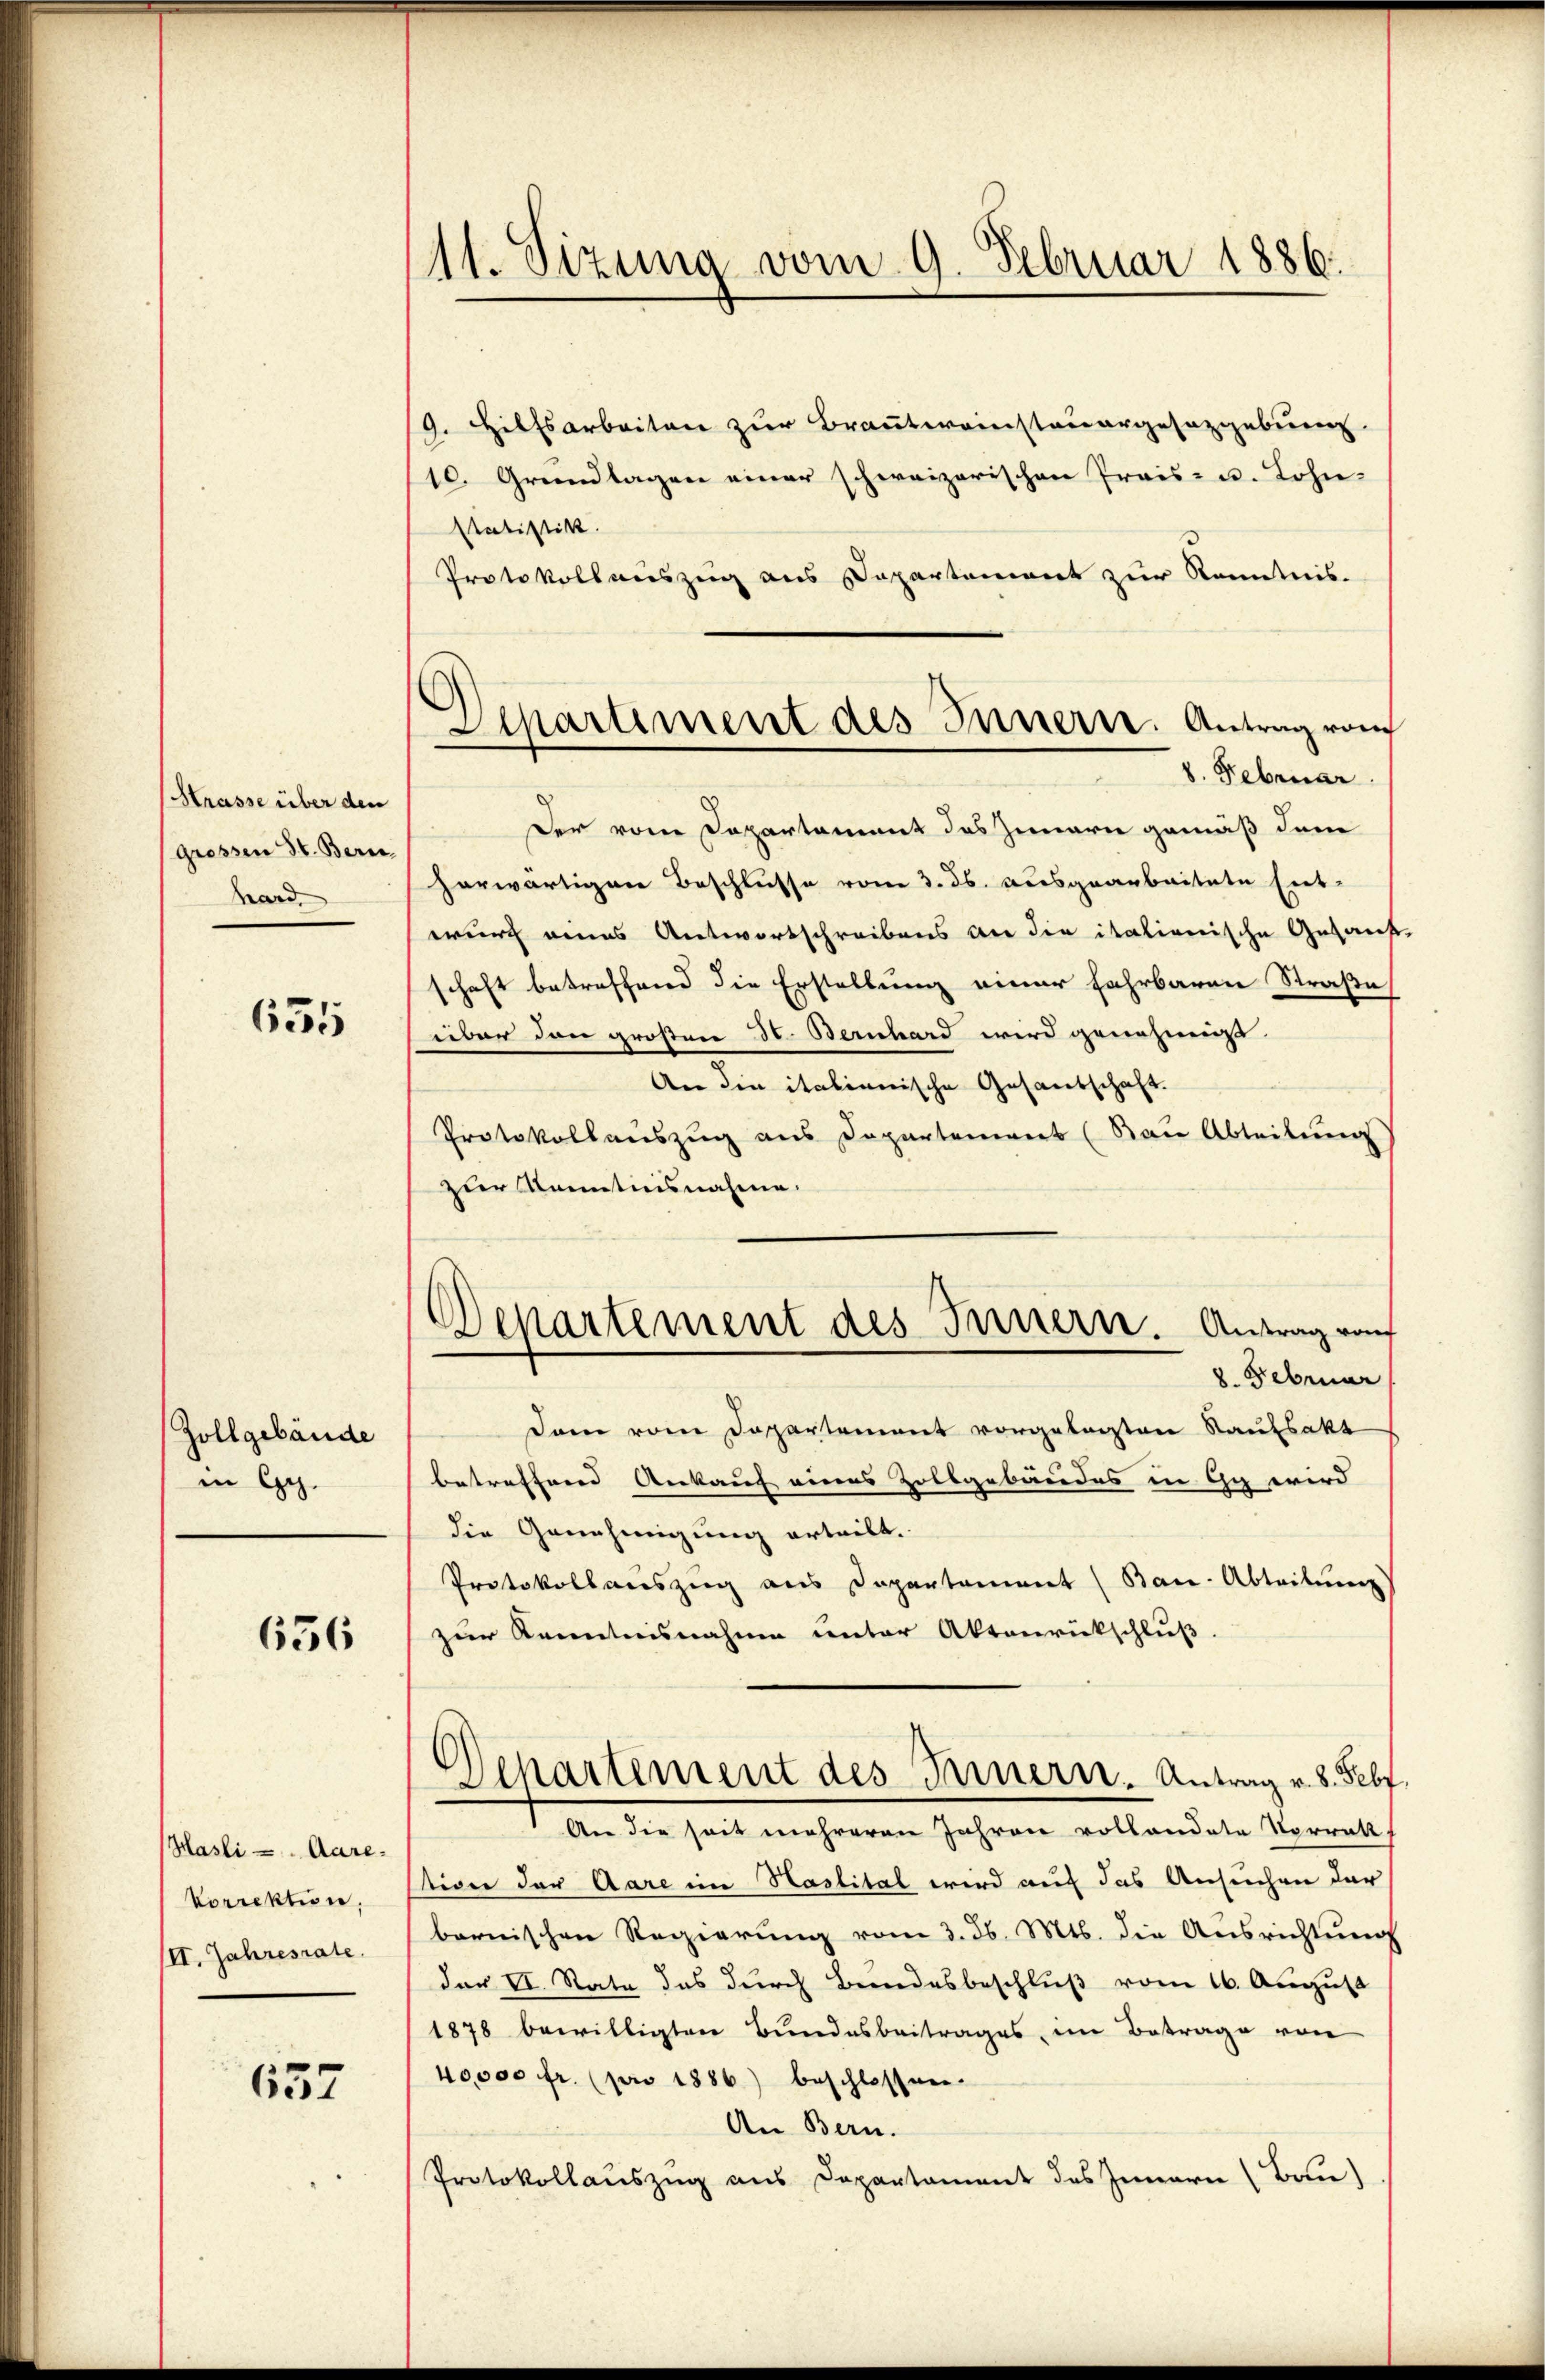
Strasse über den
grossen St. Bern.
hard

635

Zollgebäude
in Ge

636

(Hasli - Aare¬
Korrektion,
II. Jahresrate.

657

11. Sizina vom 9. Februar 1886.

/9. Hilfsarbeiten zur Brautweinstauergesetzgebung
10. Grundlagen einer schweizerischen Preis- u. Lohn-
Statistik.
Protokollauszug aus Departement zur Kenntnis-
Der vom Departament das Zunarn gemäß dem
herwärtigen Beschlusse von 3. ds. ausgearbeitete Ent-
wurch eines Antwortschreibens an die italienische Gesant
schaft betreffend die Erstellung einer Fahrbaren Straße
über den großen H. Bernhard wird genehmigt.
An die italienische Gesandschaft.
Protokollauszug aus Departement (von Abteilung
zur Kenntnisnahme.
Departement des Innern. Antrag von
8. Februar
Dann vom Departement vorgelegten Raufsakt
betreffend Ankauf eines Zollgebäudes in Gy wird
die Genehmigung erteilt.
Protokollauszug aus Departement (Bau-Abteilung
zur Kenntnisnahme unter Aktenrückschluß
Departement des Innern. Antrag v. 8. Febf
An die seit mehreren Jahren vollandete Vorrat
stiver der Aare im Haslital wird auf das Ansuchen der
bernischen Regierung vom 3. d. Mts. die Ausrichtung
der II. Stata das durch Bundesbeschluß vom 16. August
1878 bewilligten Bundesbeitrages im Betrage von
40,000 fr. (pro 1886) beschlossen.
An Bern.
Protokollauszug aus Departament des Innern (Bau)

Departement des Innern. Antrag vom
8. Februar